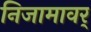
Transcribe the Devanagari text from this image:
निजामावर्